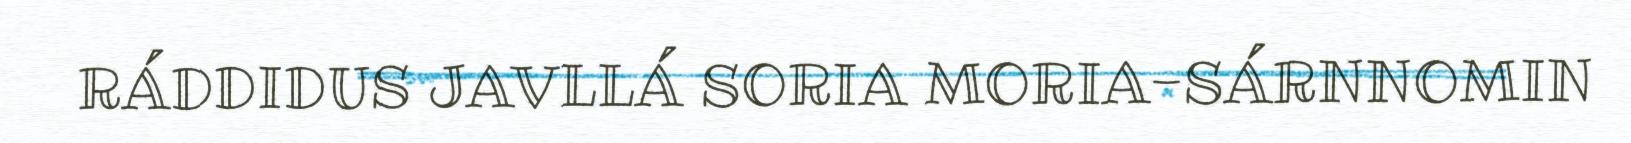
RÁDDIDUS JAVLLÁ SORIA MORIA-SÁRNNOMIN